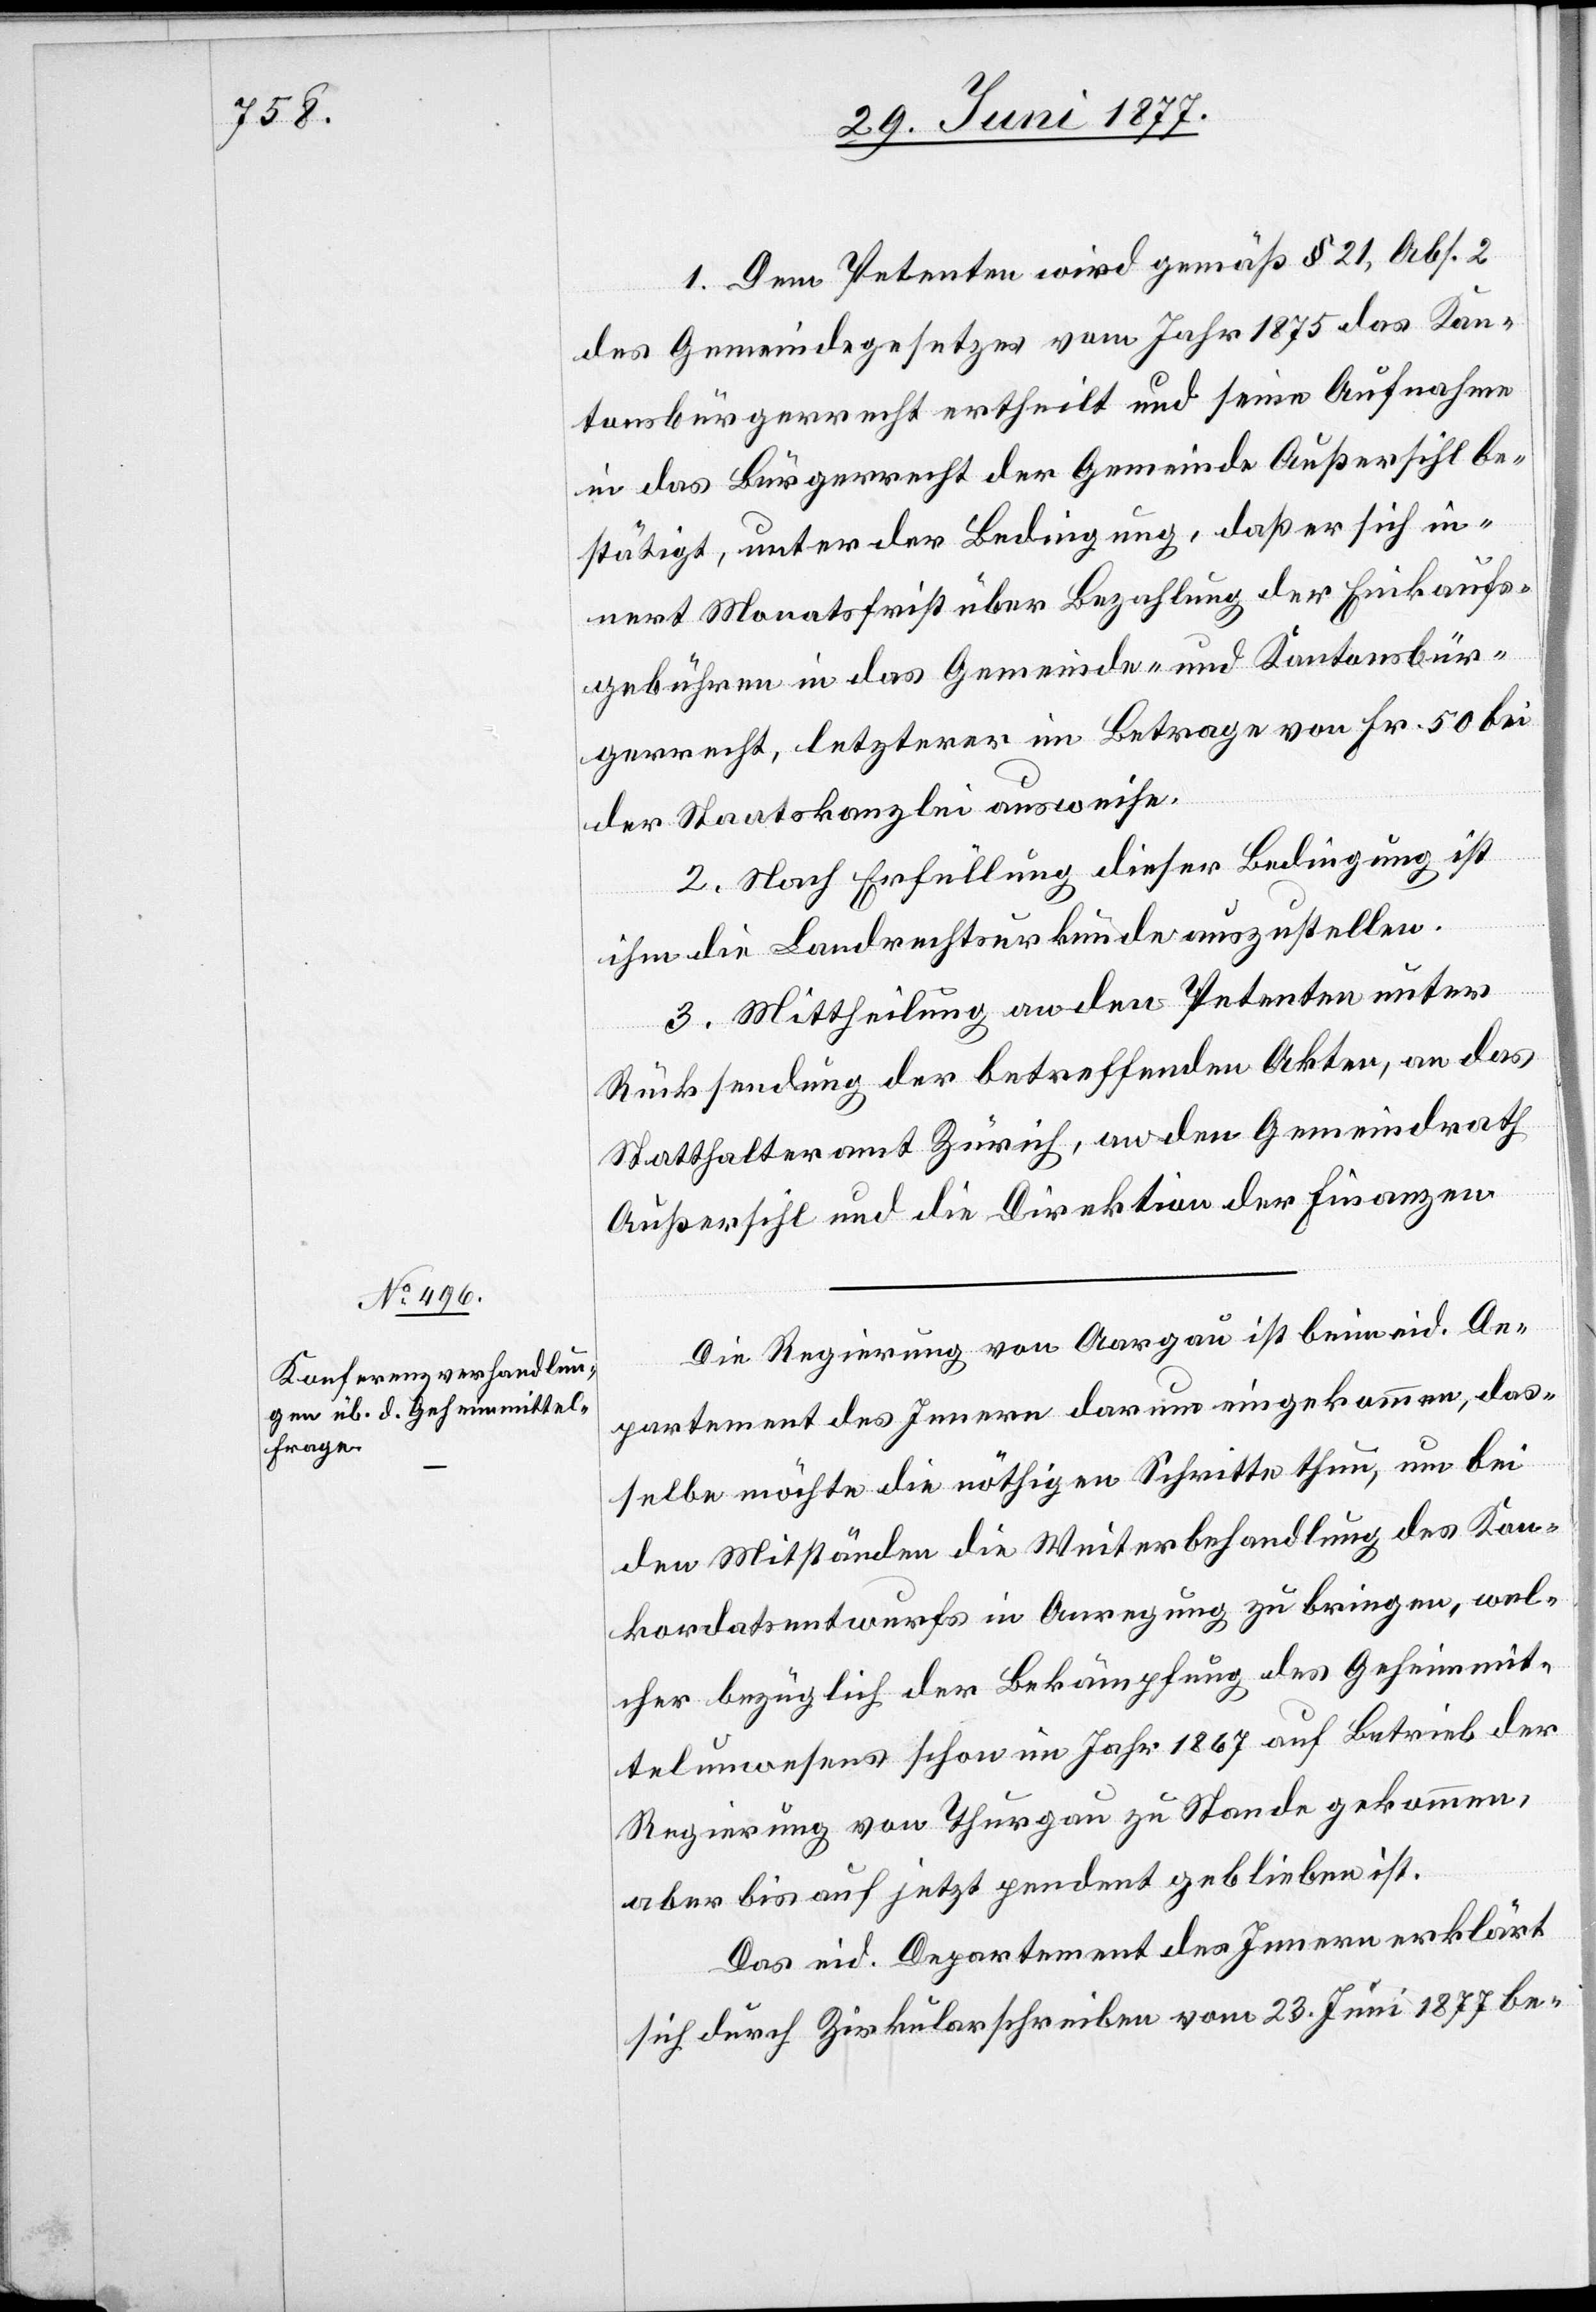
1. Dem Petenten wird gemäß § 21, Abs. 2
des Gemeindegesetzes vom Jahr 1875 das Kan¬
tonsbürgerrecht ertheilt und seine Aufnahme
in das Bürgerrecht der Gemeinde Außersihl be¬
stätigt, unter der Bedingung, daß er sich in¬
nert Monatsfrist über Bezahlung der Einkaufs¬
gebühren in das Gemeinde- und Kantonsbür¬
gerrecht, letzterer im Betrag von Fr. 50 bei
der Staatskanzlei ausweise.
2. Nach Erfüllung dieser Bedingung ist
ihm die Landrechtsurkunde auszustellen.
3. Mittheilung an den Petenten unter
Rücksendung der betreffenden Akten, an das
Statthalteramt Zürich, an den Gemeindrath
Außersihl und die Direktion der Finanzen.
Die Regierung von Aargau ist beim eid. De¬
partement des Innern darum eingekommen, das¬
selbe möchte die nöthigen Schritte thun, um bei
den Mitständen die Weiterbehandlung des Kon¬
kordatsentwurfs in Anregung zu bringen, wel¬
cher bezüglich der Bekämpfung des Geheimmit¬
telwesens schon im Jahr 1867 auf Betrieb der
Regierung von Thurgau zu Stande gekommen,
aber bis auf jetzt pendent geblieben ist.
Das eid. Departement des Innern erklärt
sich durch Zirkularschreiben vom 23. Juni 1877 be-